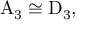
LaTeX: \mathrm { A } _ { 3 } \cong \mathrm { D } _ { 3 } ,